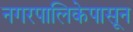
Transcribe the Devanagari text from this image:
नगरपालिकेपासून